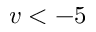
v < - 5